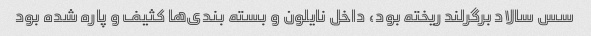
سس سالاد برگرلند ریخته بود، داخل نایلون و بسته بندی‌ها کثیف و پاره شده بود